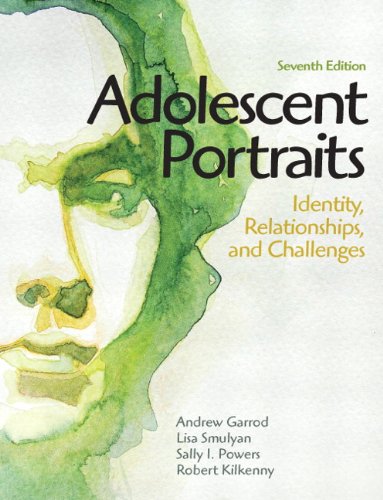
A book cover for Adolescent Portraits: Identity, Relationships, and Challenges (7th Edition); Andrew Garrod; Medical Books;